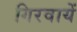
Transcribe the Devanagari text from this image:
गिरवायें